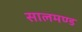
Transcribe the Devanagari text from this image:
सालमण्ड